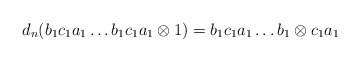
\begin{align*}d_n(b_1c_1a_1 \dots b_1c_1a_1 \otimes 1) = b_1c_1a_1 \dots b_1 \otimes c_1a_1\end{align*}